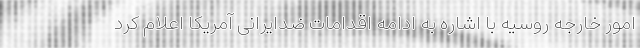
امور خارجه روسیه با اشاره به ادامه اقدامات ضدایرانی آمریکا اعلام کرد